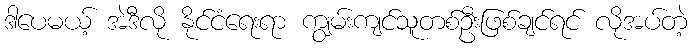
ဒါပေမယ့် အဲဒီလို နိုင်ငံရေးရာ ကျွမ်းကျင်သူတစ်ဦးဖြစ်ချင်ရင် လိုအပ်တဲ့